Report on vaccination in Madras 1904-1921 - 1904-1921
Year: 1904
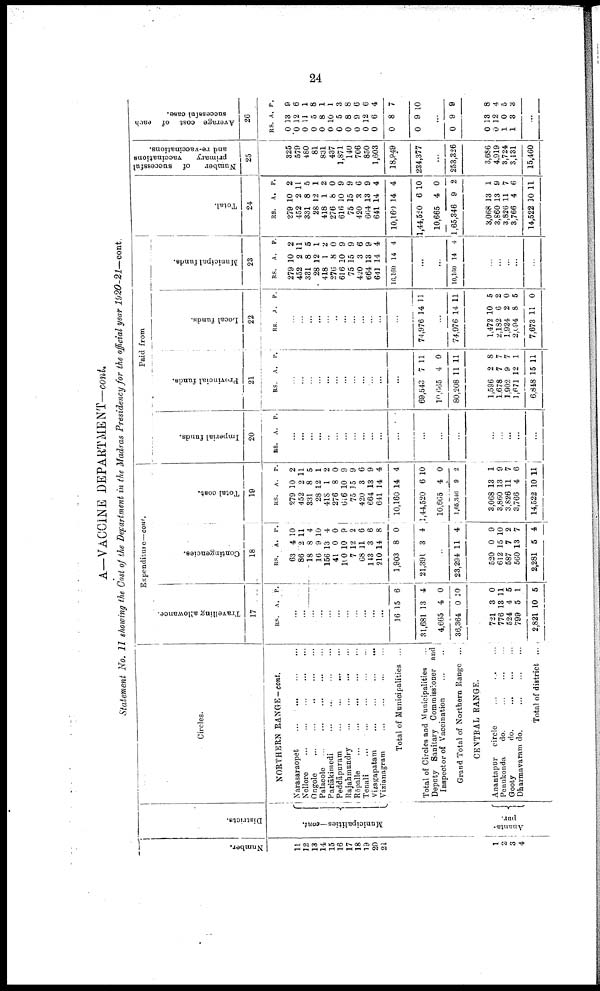
24
A—VACCINE DEPARTMENT—cont.
Statement No. II showing the Cost of the Department in the Madras Presidency for the official year 1920-21—cont.
Number.
11
12
13
14
15
16
17
18
19
20
21
1
2
3
4
Districts.
Municipalities —cont.
Ananta-
pur.
Circles.
NORTHERN RANGE—cont.
Narasaraopet
...
...
...
...
Nellore
...
...
...
...
...
Ongole
...
...
...
...
...
Palacole
...
...
...
...
...
Parlākimedi
...
...
...
...
...
Peddāpuram
...
...
...
...
...
Rajahmundry ... ... ... ... ...
Rēpalle
...
...
...
...
...
Tenali
...
...
...
...
...
Vizagapatam
...
...
...
...
Vizianagram
...
...
...
...
Total of Municipalities ...
Total of Circles and Municipalities ...
Deputy Sanitary Commissioner and
Inspector of Vaccination
...
...
Grand Total of Northern Range ...
CENTRAL RANGE.
Anantapur circle ... ... ... ... ...
Penukonda
do. ... ... ... ... ...
Gooty
do.
...
...
...
Dharmavaram do.
...
...
...
Total of district ...
Expenditure—cont.
Travelling allowance.
17
RS. A. P.
...
...
...
...
...
...
...
...
...
...
...
16
31,681
4,665
36,364
15
13
4
0
6
4
0
10
721
776
524
799
2,821
3
13
4
5
10
0
11
5
1
5
Contingencies.
18
RS.
63
86
18
16
156
41
100
7
68
143
210
1,903
21,391
A.
4
2
8
9
13
0
10
12
11
3
14
8
3
P.
10
11
4
10
4
0 9
2
6
6
8
0
4
...
23,294
520
612
587
560
2,281
11
0
15
7
13
5
4
9
10
2
7
4
Total cost.
19
RS.
279
452
331
28
418
276
616
75
420
664
641
10,160
1,44,520
10,665
1,65,346
3,068
3,860
3,826
3,766
14,522
A.
10
2
8
12
1
8
10
15
3
13
14
14
6
4
9
13
13
11
4
10
P.
2
11
5
1
2
0
9
9
6
9
4
4
10
0
2
1
9
7
6
11
Paid from
Imperial funds.
20
RS. A. P.
...
...
...
...
...
...
...
...
...
...
...
...
...
...
...
...
...
...
...
...
Provincial funds.
21
RS. A. P.
...
...
...
...
...
...
...
...
...
...
...
...
69,543
10,665
80,208
7
4
11
11
0
11
1,596
1,678
1,902
1,671
6,848
2
7
9
12
15
8
7
7
1
11
Local funds.
22
RS. A. P.
...
...
...
...
...
...
...
...
...
...
...
...
74,976 14 11
...
74,976
1,472
2,182
1,924
2,094
7,673
14
10
6
2
8
11
11
5
2
0
5
0
Municipal funds.
23
RS.
279
452
331
28
418
276
616
75
420
664
641
16,160
A.
10
2
8
12
1
8
10
15
3
13
14
14
P.
2
11
5
1
2
0
9
9
6
9
4
4
...
...
10,160 14
4
...
...
...
...
...
Total.
24
RS.
279
452
331
28
418
276
616
75
420
664
641
10,160
1,44,520
10,665
1,65,346
3,068
3,860
3,826
3,766
14,522
A.
10
2
8
12
1
8
10
15
3
13
14
14
6
4
9
13
13
11
4
10
P.
2
11
5
1
2
0
9
9
6
9
4
4
10
0
2
1
9
7
6
11
Number
of successful
primary
vaccinations
and re-vaccinations.
25
325
579
480
81
831
437
1,871
140
706
850
1,603
18,949
234,377
...
253,326
3,686
4,919
3,724
3,131
15,460
Average cost of each
successful case.
26
RS.
0
0
0
0
0
0
0
0
0
0
0
0
0
A.
13
12
11
5
8
10
5
8
9
12
6
8
9
P.
9
6
1
8
1
1
3
8
6
6
4
7
10
...
0 9 9
0
0
1
1
13
12
0
3
8
4
5
3
...